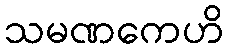
သမဏကေဟိ